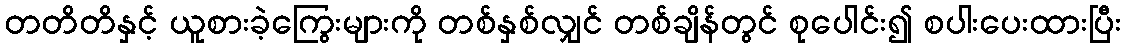
တတိတိနှင့် ယူစားခဲ့ကြွေးများကို တစ်နှစ်လျှင် တစ်ချိန်တွင် စုပေါင်း၍ စပါးပေးထားပြီး